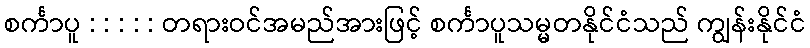
စင်္ကာပူ : : : : : တရားဝင်အမည်အားဖြင့် စင်္ကာပူသမ္မတနိုင်ငံသည် ကျွန်းနိုင်ငံ